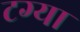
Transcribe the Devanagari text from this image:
टग्या